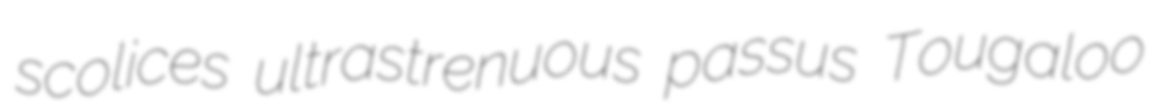
scolices ultrastrenuous passus Tougaloo